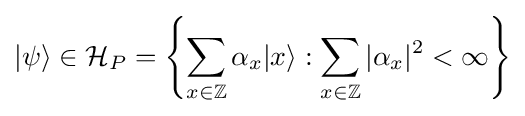
|\psi \rangle \in {\mathcal {H}}_{P}=\left\{\sum _{x\in \mathbb {Z} }\alpha _{x}|x\rangle :\sum _{x\in \mathbb {Z} }|\alpha _{x}|^{2}<\infty \right\}